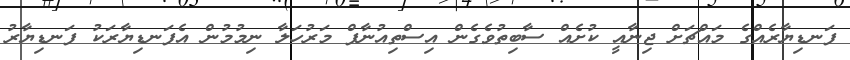
ފަނޑިޔާރެއްގެ މައްޗަށް ޖިނާއީ ކުށެއް ސާބިތުވެގެން އިސްތިއުނާފް މަރުހަލާ ނިމުމުން އެފަނޑިޔާރަކު ފަނޑިޔާރު